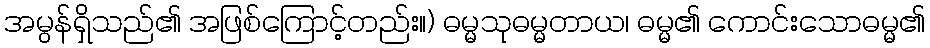
အမွန်ရှိသည်၏ အဖြစ်ကြောင့်တည်း။) ဓမ္မသုဓမ္မတာယ၊ ဓမ္မ၏ ကောင်းသောဓမ္မ၏